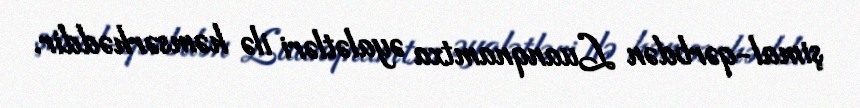
şimal-qərbdən Luanqnamtxa əyalətləri ilə həmsərhəddir.